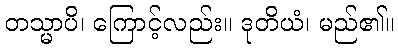
တသ္မာပိ၊ ကြောင့်လည်း။ ဒုတိယံ၊ မည်၏။